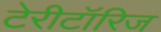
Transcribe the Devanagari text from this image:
टेरीटॉरिज